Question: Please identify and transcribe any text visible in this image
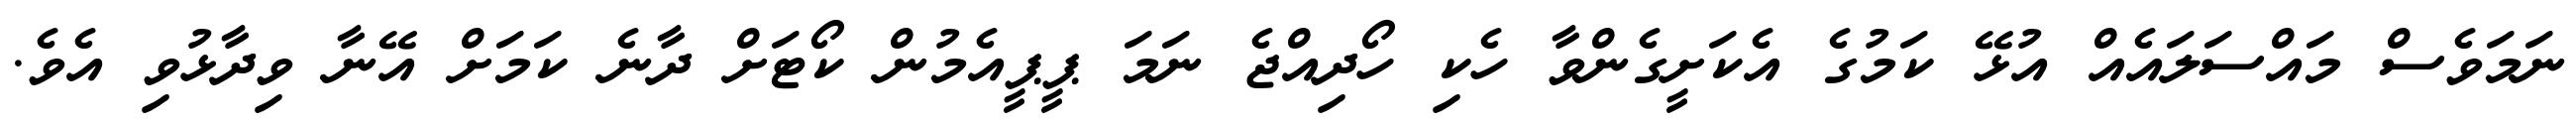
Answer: ނަމަވެސް މައްސަލައެއް އުޅޭ ކަމުގެ އެކަށީގެންވާ ހެކި ހޯދިއްޖެ ނަމަ ޕީޕީއެމުން ކޯޓަށް ދާނެ ކަމަށް އޭނާ ވިދާޅުވި އެވެ.